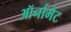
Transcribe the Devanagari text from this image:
ऑर्नामेंट